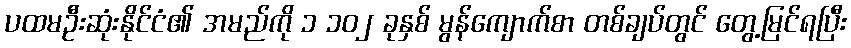
ပထမဦးဆုံးနိုင်ငံ၏ အမည်ကို ၁ ၁၀၂ ခုနှစ် မွန်ကျောက်စာ တစ်ချပ်တွင် တွေ့မြင်ရပြီး